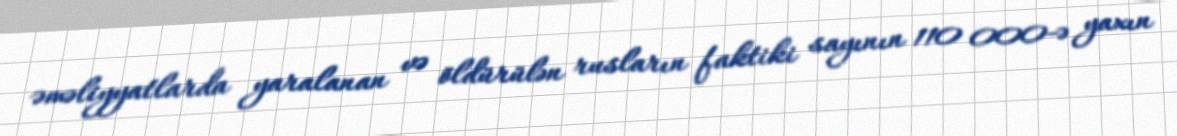
əməliyyatlarda yaralanan və öldürülən rusların faktiki sayının 110 000-ə yaxın